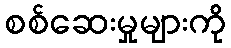
စစ်ဆေးမှုများကို